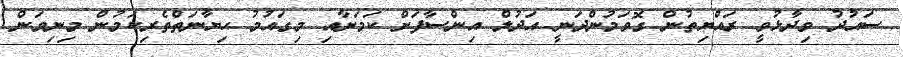
ސައުދު ވިދާޅުވީ ރައްޔިތުން ގޮވަމުންދަނީ އަދުލް އިންސާފަށް ކަމަށާއި މިގައުމު ހިޔާނަތްތެރިކަމުން މިނިވަން